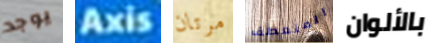
يوجد Axis مرتان المنعطف بالألوان